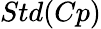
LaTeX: Std(Cp)